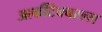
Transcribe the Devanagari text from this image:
आर्कीटेक्चरल्स